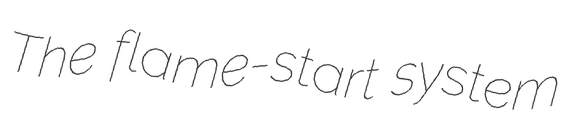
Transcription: The flame-start system